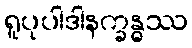
ရူပုပါဒါနက္ခန္ဓဿ